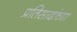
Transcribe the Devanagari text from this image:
प्रतिसादांच्या